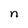
Character: n